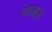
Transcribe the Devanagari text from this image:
जाखड्